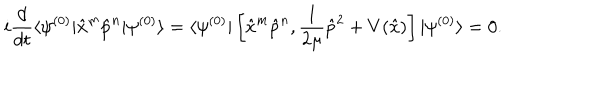
LaTeX: i \frac { d } { d t } \langle \psi ^ { ( 0 ) } | \hat { x } ^ { m } \hat { p } ^ { n } | \psi ^ { ( 0 ) } \rangle = \langle \psi ^ { ( 0 ) } | \left[ \hat { x } ^ { m } \hat { p } ^ { n } , \frac { 1 } { 2 \mu } \hat { p } ^ { 2 } + V ( \hat { x } ) \right] | \psi ^ { ( 0 ) } \rangle = 0 .